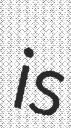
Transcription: is